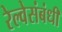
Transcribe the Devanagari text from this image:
रेल्वेसंबंधी